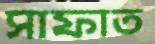
সাফাত